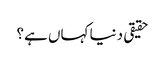
حقیقی دنیا کہاں ہے؟